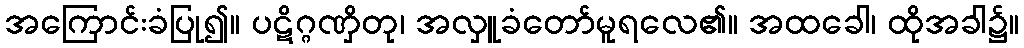
အကြောင်းခံပြု၍။ ပဋိဂ္ဂဏှိတု၊ အလှူခံတော်မူရလေ၏။ အထခေါ၊ ထိုအခါ၌။